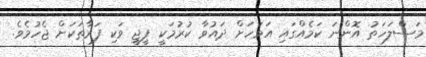
މަސްލަހަތު އޮންނަ ކަމެއްގައި އަވަހަށް ދައުވާ ކުރުމަކީ ޕީޖީ ވަކި ފަރާތަކަށް ޖެހުމެވެ.